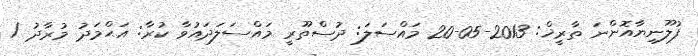
ފުލޫނިޔާއޮންނަ ތާރީޚް: 2013-05-20 މައްސަލަ: ދުސްތޫރީ މައްސަލަދައުވާ ކުރާ: އަޙްމަދު މުރާދު /